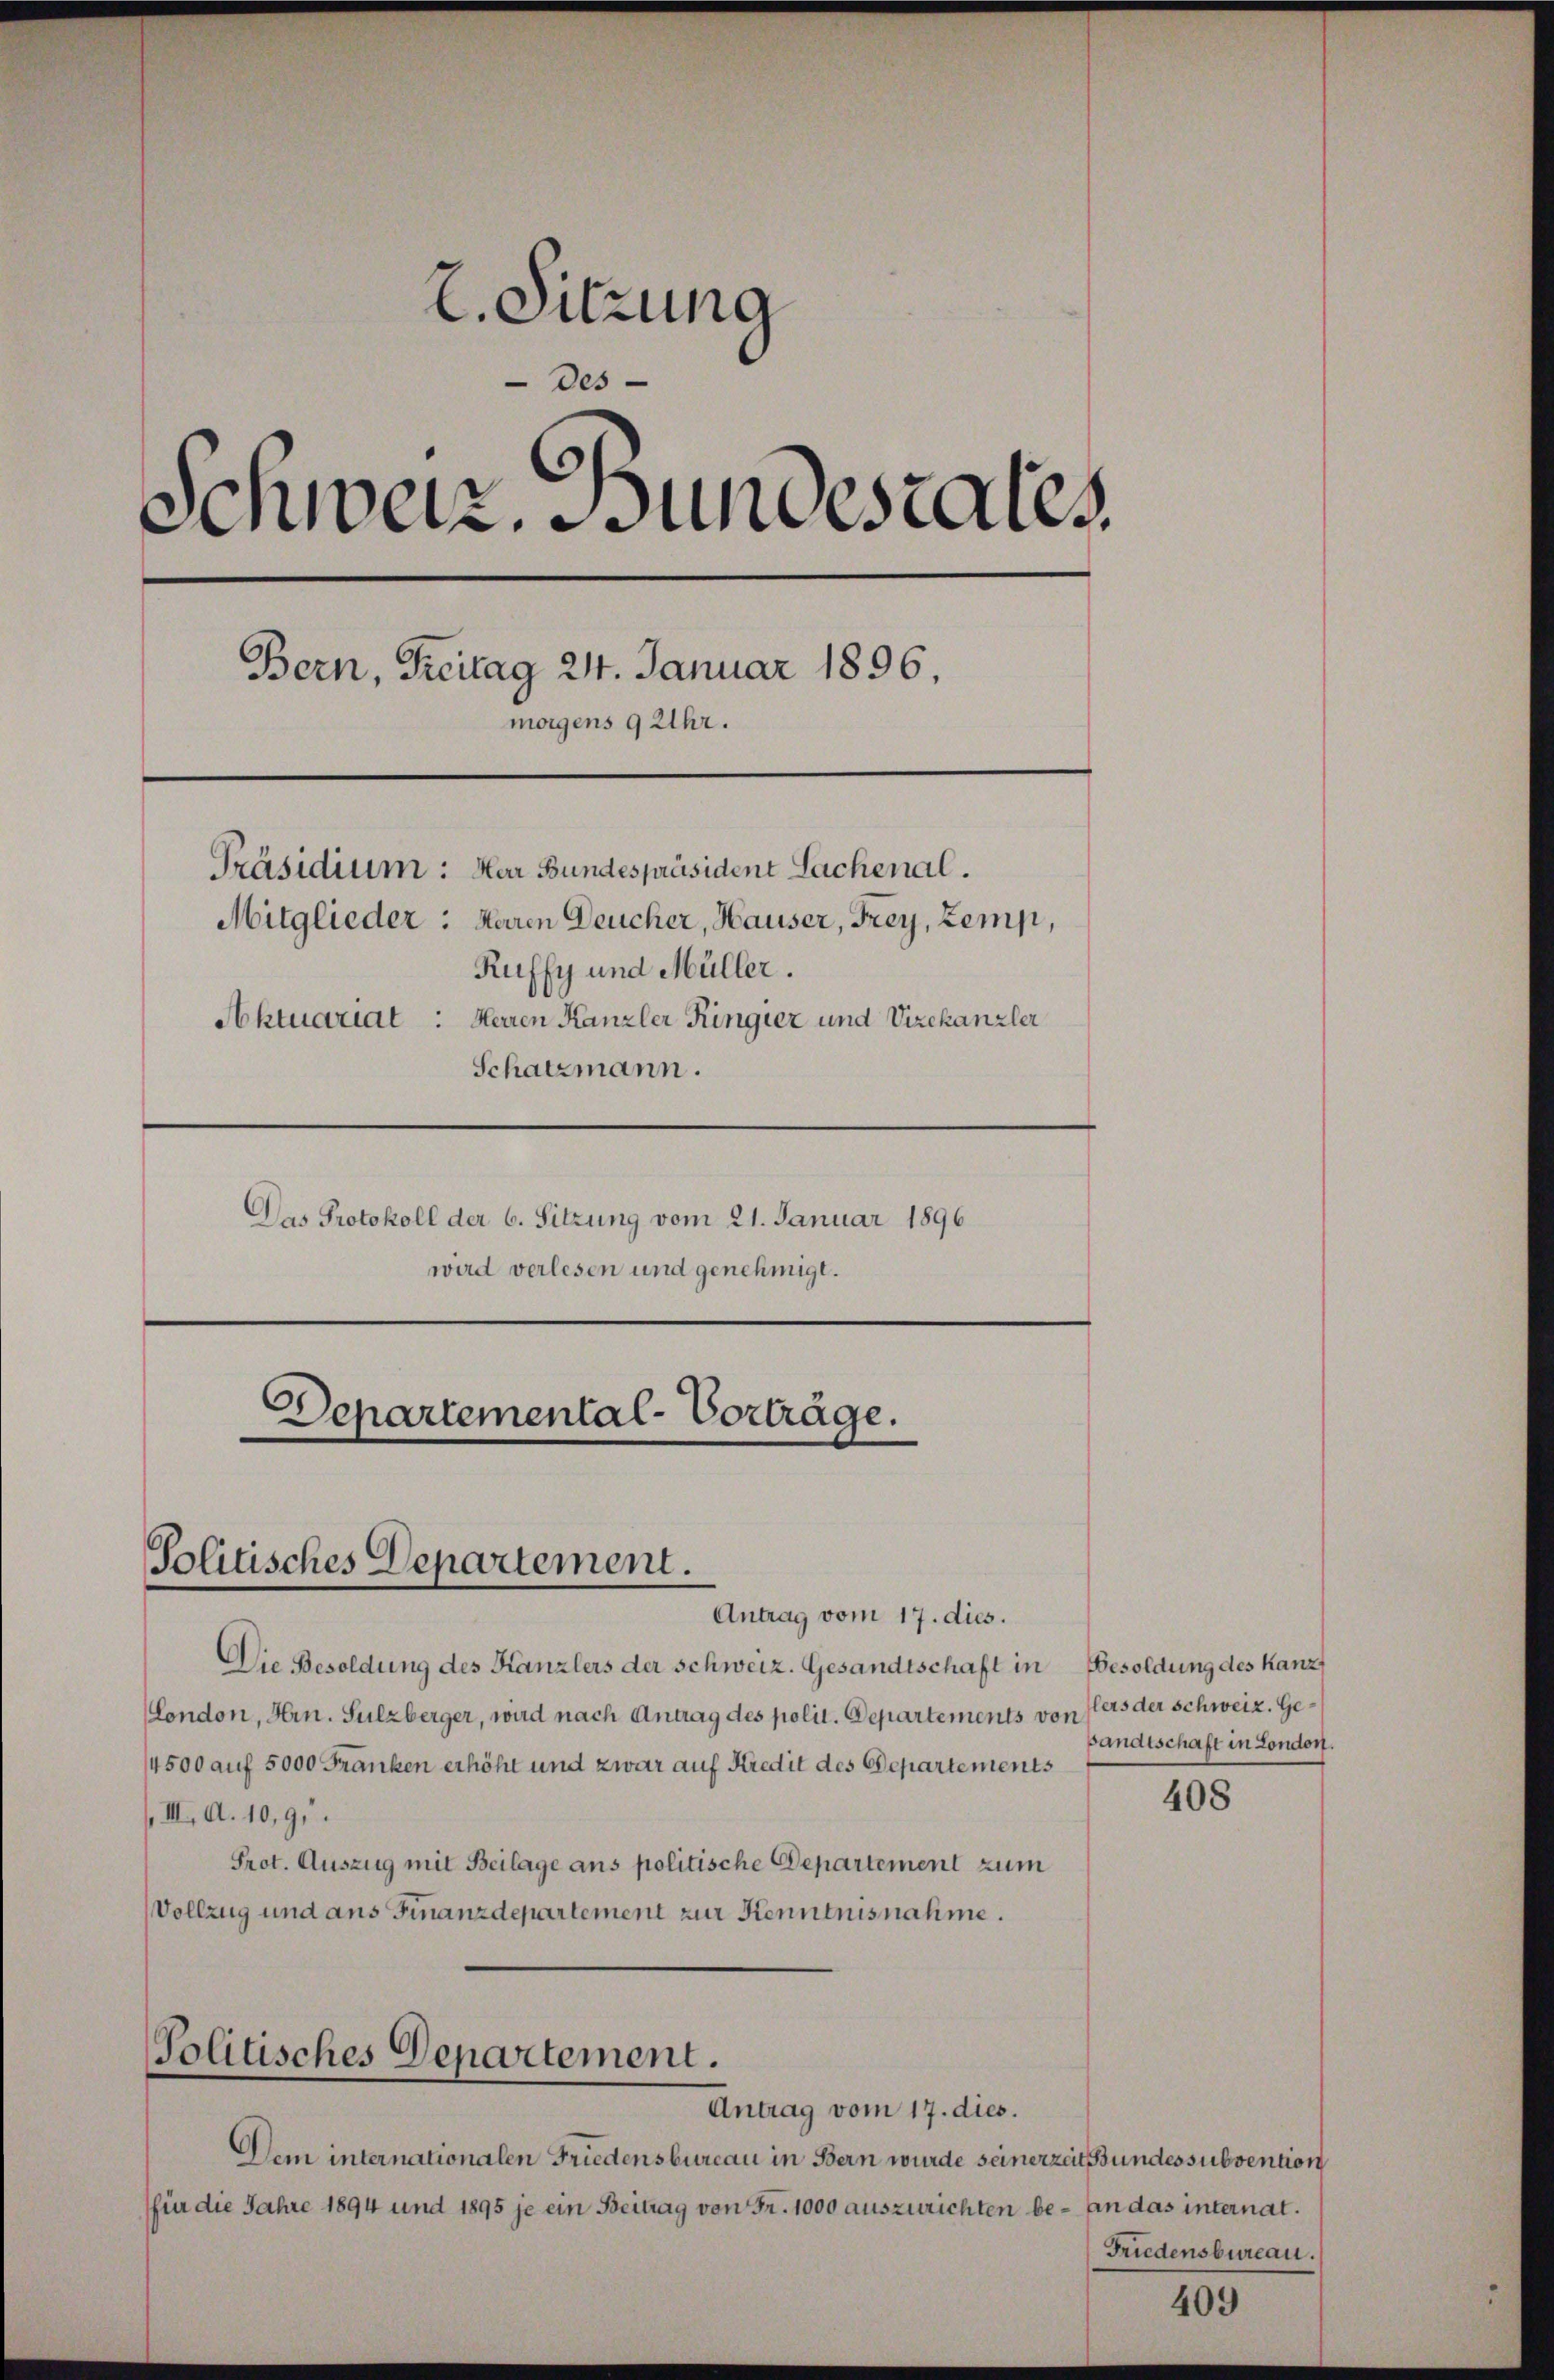
2. Sitzung
Des
Schweiz. Bundesrates
Bern, Freitag 24. Januar 1896.
morgens 9 Uhr.
Präsidium: Her Bundespräsident Lachenal.
Mitglieder: Haren Deucher, Hauser, Frey, Zemp,
Ruffy und Müller.
Aktuariat: Herren Kanzler Ringier und Vizekanzler
Schatzmann.

Das Protokoll der 6. Sitzung vom 21. Januar 1896
wird verlesen und genehmigt.

Departemental-Vorträge.
Politisches Departement.

Antrag vom 17. dies.
Die Besoldung des Kanzlers der Schweiz. Gesandtschaft in Besoldung des Kanz¬
London, Hrn. Sulzberger, wird nach Antrag des polit. Departements von Pfers der Schweiz. Ge¬
4500 auf 5000 Franken erhöht und zwar auf Kredit des Departements
III. A. 10,91.
Prot. Auszug mit Beilage ans politische Departement zum
Vollzug und aus Finanzdepartement zur Kenntnisnahme.

Politisches Departement.
Antrag vom 17. dies.

Dem internationalen Friedensbureau in Bern wurde seinerzeit Bundessubvention
für die Jahre 1894 und 1895 je ein Beitrag von Fr. 1000 auszurichten be- an das internat.

bandtschaft in London.

408

Friedensbureau.

409